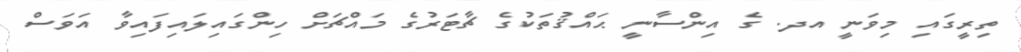
ތިރީގައި މިވަނީ އދ. ގެ އިންސާނީ ޙައްޤުތަކުގެ ޗާޓަރުގެ މައްޗަށް ހިންގައިލައިފައިވާ އަވަސް